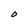
Character: O